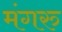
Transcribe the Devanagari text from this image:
मंगरु